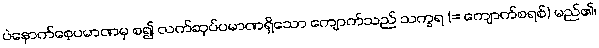
ပဲနောက်စေ့ပမာဏမှ စ၍ လက်ဆုပ်ပမာဏရှိသော ကျောက်သည် သက္ခရ (= ကျောက်စရစ်) မည်၏၊